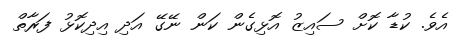
އެވެ. ކުޑާ ކޮށް ސައިޒު އޮޅިގެން ކަން ނޭގޭ އަދި އިދިކޮޅު ފަރާތް